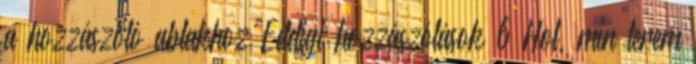
a hozzászóló ablakhoz Eddigi hozzászólások 6 Hol, min terem